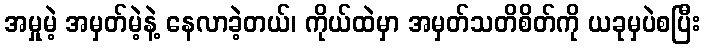
အမှုမဲ့ အမှတ်မဲ့နဲ့ နေလာခဲ့တယ်၊ ကိုယ်ထဲမှာ အမှတ်သတိစိတ်ကို ယခုမှပဲစပြီး